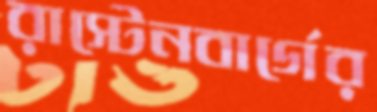
রাস্টেনবার্গের